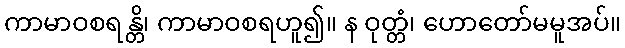
ကာမာဝစရန္တိ၊ ကာမာဝစရဟူ၍။ န ဝုတ္တံ၊ ဟောတော်မမူအပ်။